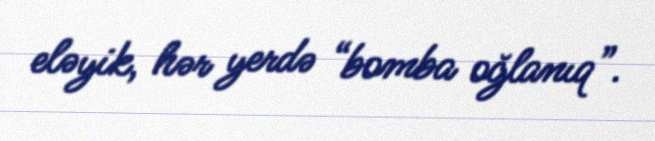
eləyik, hər yerdə “bomba oğlanıq”.